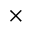
\times